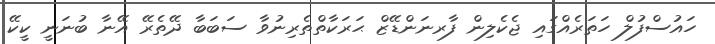
ހައުސްފުލް ހަތަރެއްގައި ޖެކެލިން ފާރނަންޑޭޒް ޙަރަކާތްތެރިނުވާ ސަބަބާ ދޭތެރޭ އޭނާ ބުނަނީ ކީކޭ